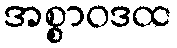
အစ္စာဝဒထ